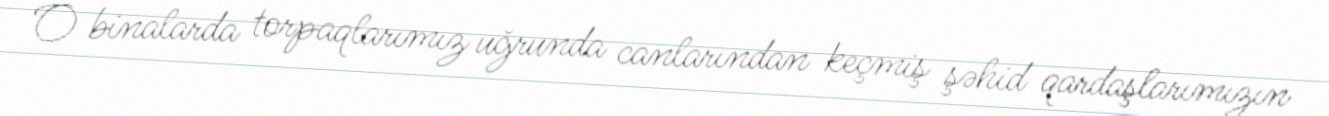
O binalarda torpaqlarımız uğrunda canlarından keçmiş şəhid qardaşlarımızın